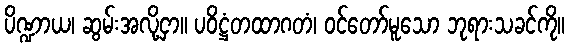
ပိဏ္ဍာယ၊ ဆွမ်းအလို့ငှာ။ ပဝိဋ္ဌံတထာဂတံ၊ ဝင်တော်မူသော ဘုရားသခင်ကို။